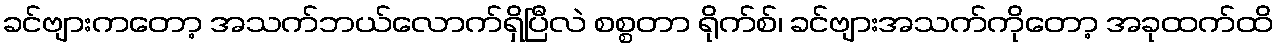
ခင်ဗျားကတော့ အသက်ဘယ်လောက်ရှိပြီလဲ စစ္စတာ ရိုက်စ်၊ ခင်ဗျားအသက်ကိုတော့ အခုထက်ထိ